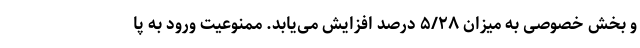
و بخش خصوصی به میزان ۵/۲۸ درصد افزایش می‌یابد. ممنوعیت ورود به پا